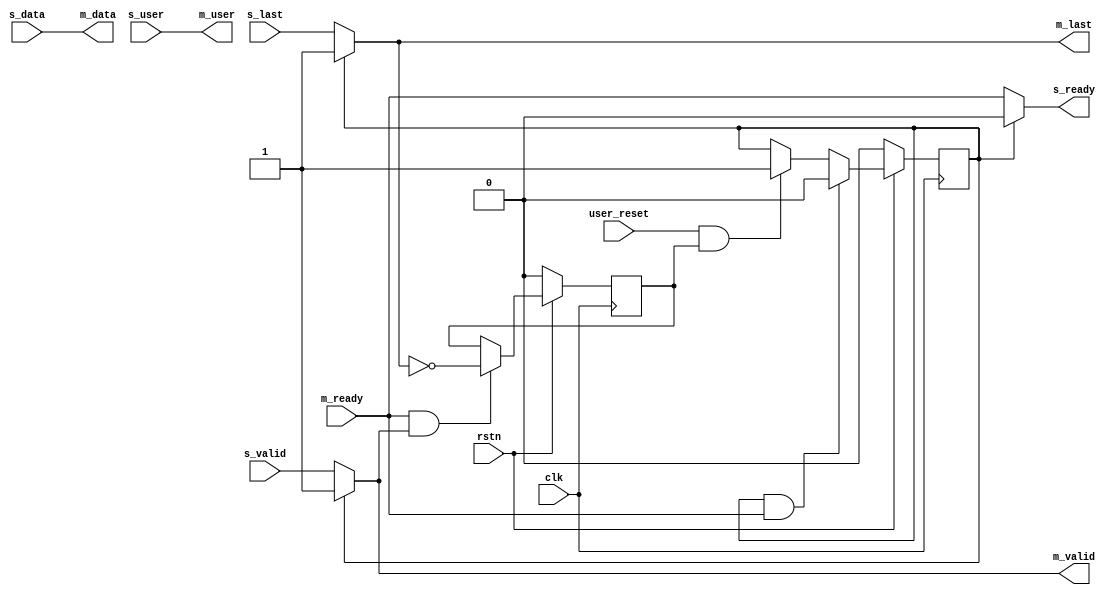


module axis_terminate_on_reset #(
  parameter UWIDTH = 1,
  parameter DWIDTH = 32
)(
  // Register Interface
  input               clk,
  input               rstn,
  input               user_reset,

  output              s_ready,
  input               s_valid,
  input               s_last,
  input [DWIDTH-1:0]  s_data,
  input [UWIDTH-1:0]  s_user,

  input               m_ready,
  output              m_valid,
  output              m_last,
  output [DWIDTH-1:0] m_data,
  output [UWIDTH-1:0] m_user);


  reg                 terminate;
  reg                 in_frame;

  assign s_ready = terminate ? 1'b0 : m_ready;
  assign m_valid = terminate ? 1'b1 : s_valid;
  assign m_last = terminate ? 1'b1 : s_last;
  assign m_data = s_data;
  assign m_user = s_user;

  always @(posedge clk) begin
    if (rstn == 1'b0) begin
      in_frame <= 1'b0;
    end else begin
      if (m_ready && m_valid) begin
        in_frame <= ~m_last;
      end
    end
  end

  always @(posedge clk) begin
    if (rstn == 1'b0) begin
      terminate <= 1'b0;
    end else begin
      if (terminate && m_ready) begin
        terminate <= 1'b0;
      end else if (user_reset && in_frame) begin
        terminate <= 1'b1;
      end
    end
  end

endmodule